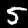
Label: 5